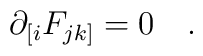
\partial_{[i}F_{jk]}=0   \quad .